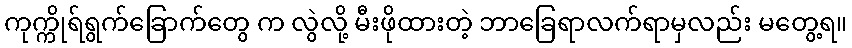
ကုက္ကိုရ်ရွက်ခြောက်တွေ က လွဲလို့ မီးဖိုထားတဲ့ ဘာခြေရာလက်ရာမှလည်း မတွေ့ရ။